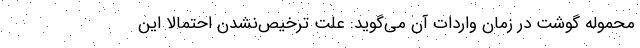
محموله گوشت در زمان واردات آن می‌گوید: علت ترخیص‌نشدن احتمالاً این